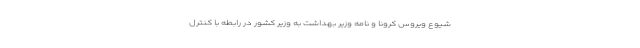
شیوع ویروس کرونا و نامه وزیر بهداشت به وزیر کشور در رابطه با کنترل